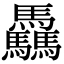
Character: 驫